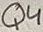
Text: Q4